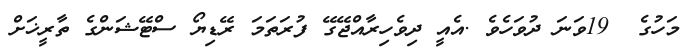
މަހުގެ  19ވަނަ ދުވަހެވެ .އެއީ ދިވެހިރާއްޖޭގޭ ފުރަތަމަ ރޭޑިޔޯ ސްޓޭޝަންގެ ތާރީޚަށް